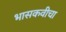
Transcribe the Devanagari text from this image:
भासकवीचा